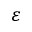
\varepsilon